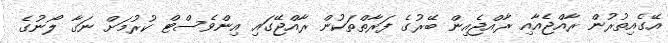
އޭގެއިތުރުން ރާއްޖެއާއި ރާއްޖެއިން ބޭރުގެ ފަރާތްތަކުން ރާއްޖޭގައި އިންވެސްޓް ކުރުމަށް ނަގާ ލޯނުގެ